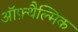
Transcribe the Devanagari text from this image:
ऑफ़्थैल्मिक